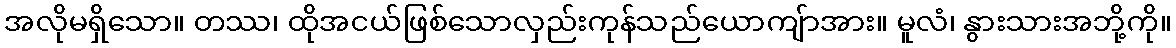
အလိုမရှိသော။ တဿ၊ ထိုအငယ်ဖြစ်သောလှည်းကုန်သည်ယောကျ်ာအား။ မူလံ၊ နွားသားအဘို့ကို။